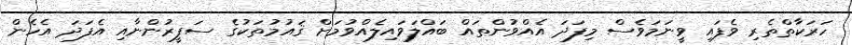
ހަރަކާތްތެރި ވެފައި ވީނަމަވެސް މިފަދަ އެއްވުންތައް ބައްލަވައިލެއްވުމަށް ޤައުމުތަކުގެ ސަފީރުންނާއި އެފަދަ އެހެން